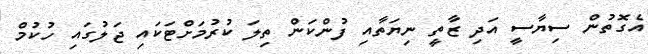
އެގޮތުން ސިޔާސީ އަދި ޒާތީ ނިޔަތާއި ފުންކަން ތިލަ ކުރުމަށްޓަކައި ޖަލުގައި ހުކުމް